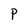
Character: P